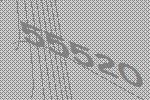
55520